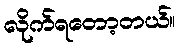
လိုက်ရတော့တယ်။